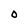
Character: O